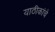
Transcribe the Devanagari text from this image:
याठीकांचे